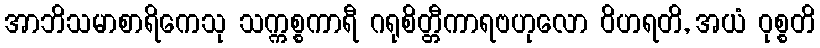
အာဘိသမာစာရိကေသု သက္ကစ္စကာရီ ဂရုစိတ္တီကာရဗဟုလော ဝိဟရတိ, အယံ ဝုစ္စတိ